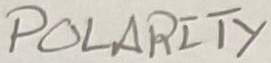
Text: POLARITY